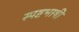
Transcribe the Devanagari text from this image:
स्पष्टभाषी